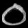
Digit: ၀